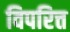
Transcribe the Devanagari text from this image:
विपरित्त